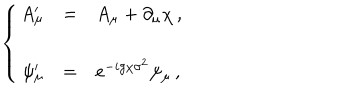
LaTeX: \left\{ \begin{array} { r c l } { { A _ { \mu } ^ { \prime } } } & { { = } } & { { A _ { \mu } + \partial _ { \mu } \chi \, , } } \\ { { } } & { { } } & { { } } \\ { { \psi _ { \mu } ^ { \prime } } } & { { = } } & { { e ^ { - i g \chi \sigma ^ { 2 } } \psi _ { \mu } \, , } } \\ \end{array} \right.